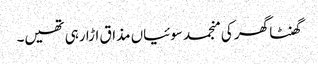
گھنٹا گھر کی منجمد سوئیاں مذاق اڑا رہی تھیں۔